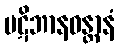
ပဋိဘာနဝန္တာနံ